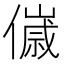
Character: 𬿴